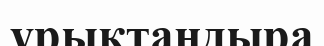
ұрықтандыра